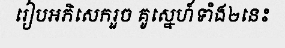
រៀបអភិសេករួច គូស្នេហ៍ទាំង២នេះ